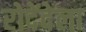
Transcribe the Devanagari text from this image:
रोदेंदेला